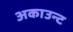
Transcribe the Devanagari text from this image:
अकाउन्ट